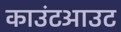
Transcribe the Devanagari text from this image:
काउंटआउट